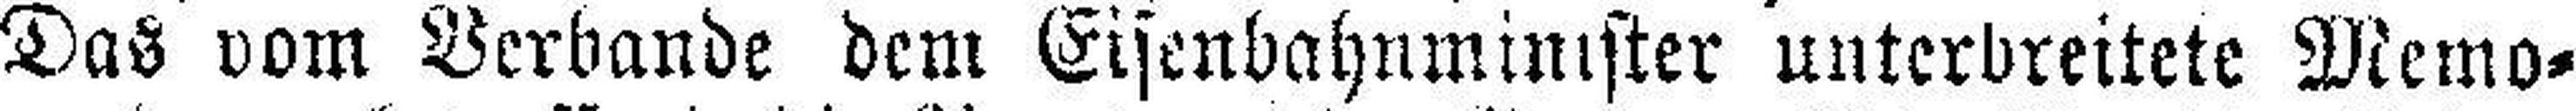
Das vom Verbande dem Eisenbahnminister unterbreitete Memo¬